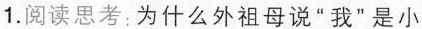
1.阅读思考：为什么外祖母说”我”是小